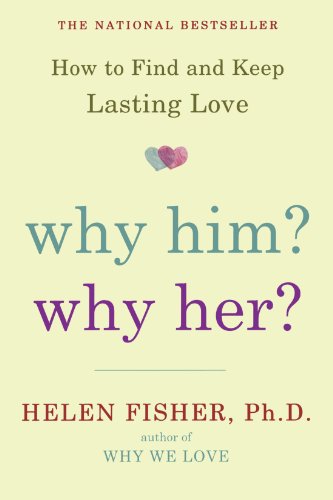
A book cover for Why Him? Why Her?: How to Find and Keep Lasting Love; Helen Fisher; Engineering & Transportation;